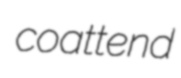
coattend